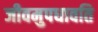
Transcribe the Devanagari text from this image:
जीवमुपधावति